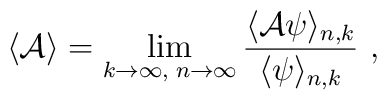
\langle {\cal A} \rangle = \lim_{k\to \infty,\; n\to \infty}  {\langle {\cal A} \psi \rangle_{n,k} \over  \langle \psi \rangle_{n,k}}\ ,